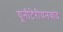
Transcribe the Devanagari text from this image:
यूनीटेरीयनवाद